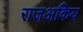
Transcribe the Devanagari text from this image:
राजअकिय